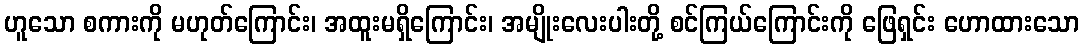
ဟူသော စကားကို မဟုတ်ကြောင်း၊ အထူးမရှိကြောင်း၊ အမျိုးလေးပါးတို့ စင်ကြယ်ကြောင်းကို ဖြေရှင်း ဟောထားသော